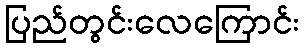
ပြည်တွင်းလေကြောင်း